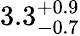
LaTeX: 3.3_{-0.7}^{+0.9}